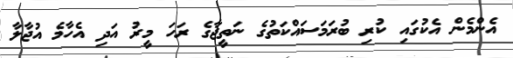
އެންމެން އެކުގައި ކުރި ބުރަމަސައްކަތުގެ ނަތީޖާގެ ރަހަ މީރު އަދި އެހާމެ އުޖާލާ